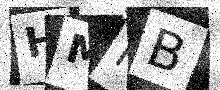
Text: HMKB